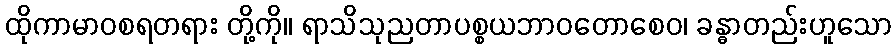
ထိုကာမာဝစရတရား တို့ကို။ ရာသိသုညတာပစ္စယဘာဝတောစေဝ၊ ခန္ဓာတည်းဟူသော